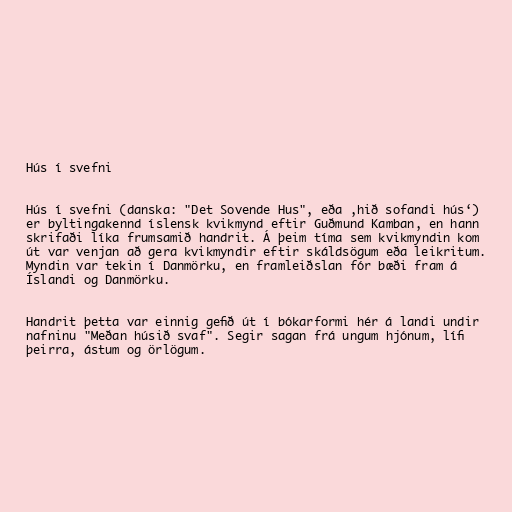
Hús í svefni

Hús í svefni (danska: "Det Sovende Hus", eða ‚hið sofandi hús‘)
er byltingakennd íslensk kvikmynd eftir Guðmund Kamban, en hann
skrifaði líka frumsamið handrit. Á þeim tíma sem kvikmyndin kom
út var venjan að gera kvikmyndir eftir skáldsögum eða leikritum.
Myndin var tekin í Danmörku, en framleiðslan fór bæði fram á
Íslandi og Danmörku.

Handrit þetta var einnig gefið út í bókarformi hér á landi undir
nafninu "Meðan húsið svaf". Segir sagan frá ungum hjónum, lífi
þeirra, ástum og örlögum.